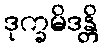
ဒုက္ခမိဒန္တိ